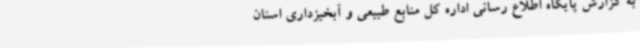
به گزارش پایگاه اطلاع رسانی اداره کل منابع طبیعی و آبخیزداری استان